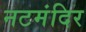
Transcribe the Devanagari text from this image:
नटमंदिर